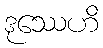
ဒုဿေဟိ